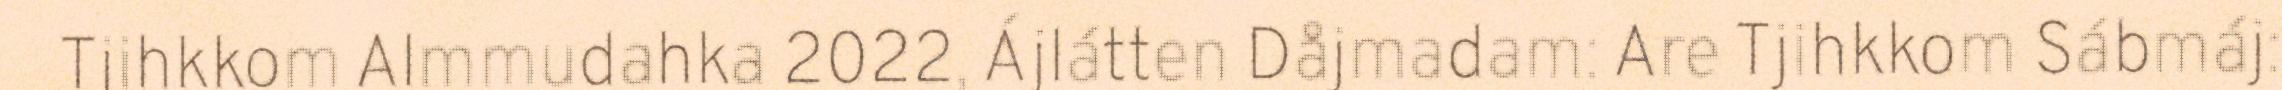
Tjihkkom Almmudahka 2022, Ájlátten Dåjmadam: Are Tjihkkom Sábmáj: